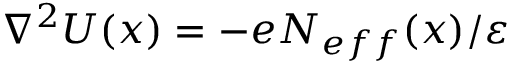
\nabla ^ { 2 } U ( x ) = - e N _ { e f f } ( x ) / \varepsilon